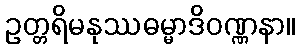
ဥတ္တရိမနုဿဓမ္မာဒိဝဏ္ဏနာ။